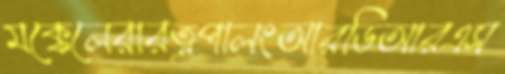
মক্কেলেরারত্নপালংআরডিআরএস